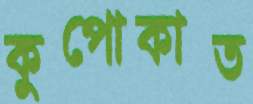
কুপোকাত